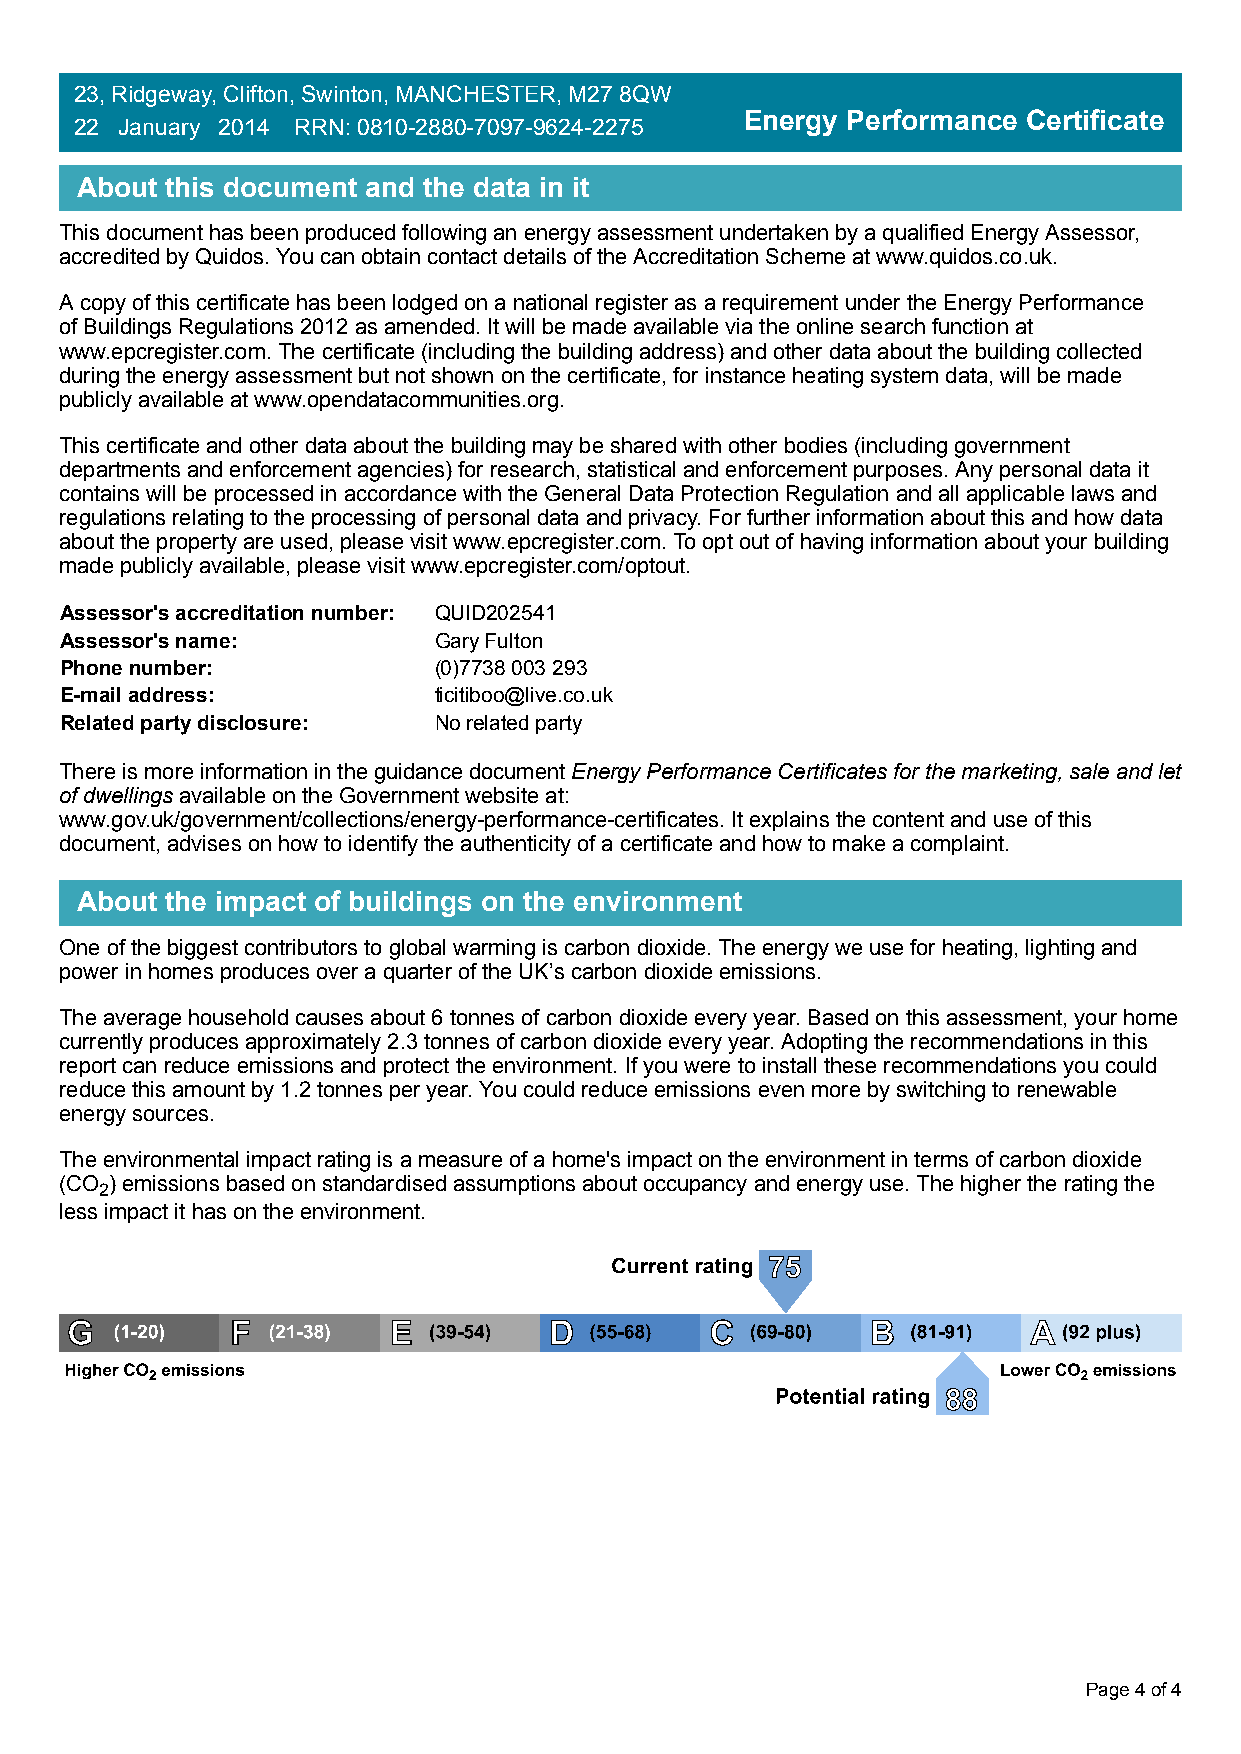
23, Ridgeway, Clifton, Swinton, MANCHESTER, M27 8QW
 Energy Performance Certificate
 22 January 2014 RRN: 0810-2880-7097-9624-2275
 About this document and the data in it
 This document has been produced following an energy assessment undertaken by a qualified Energy Assessor,
 accredited by Quidos. You can obtain contact details of the Accreditation Scheme at www.quidos.co.uk.
 A copy of this certificate has been lodged on a national register as a requirement under the Energy Performance
 of Buildings Regulations 2012 as amended. It will be made available via the online search function at
 www.epcregister.com. The certificate (including the building address) and other data about the building collected
 during the energy assessment but not shown on the certificate, for instance heating system data, will be made
 publicly available at www.opendatacommunities.org.
 This certificate and other data about the building may be shared with other bodies (including government
 departments and enforcement agencies) for research, statistical and enforcement purposes. Any personal data it
 contains will be processed in accordance with the General Data Protection Regulation and all applicable laws and
 regulations relating to the processing of personal data and privacy. For further information about this and how data
 about the property are used, please visit www.epcregister.com. To opt out of having information about your building
 made publicly available, please visit www.epcregister.com/optout.
 Assessor's accreditation number: QUID202541
 Assessor's name:         Gary Fulton
 Phone number:            (0)7738 003 293
 E-mail address:          ticitiboo@live.co.uk
 Related party disclosure: No related party
 There is more information in the guidance document Energy Performance Certificates for the marketing, sale and let
 of dwellings available on the Government website at:
 www.gov.uk/government/collections/energy-performance-certificates. It explains the content and use of this
 document, advises on how to identify the authenticity of a certificate and how to make a complaint.
 About the impact of buildings on the environment
 One of the biggest contributors to global warming is carbon dioxide. The energy we use for heating, lighting and
 power in homes produces over a quarter of the UK’s carbon dioxide emissions.
 The average household causes about 6 tonnes of carbon dioxide every year. Based on this assessment, your home
 currently produces approximately 2.3 tonnes of carbon dioxide every year. Adopting the recommendations in this
 report can reduce emissions and protect the environment. If you were to install these recommendations you could
 reduce this amount by 1.2 tonnes per year. You could reduce emissions even more by switching to renewable
 energy sources.
 The environmental impact rating is a measure of a home's impact on the environment in terms of carbon dioxide
 (CO ) emissions based on standardised assumptions about occupancy and energy use. The higher the rating the
 2
 less impact it has on the environment.
 Page 4 of 4